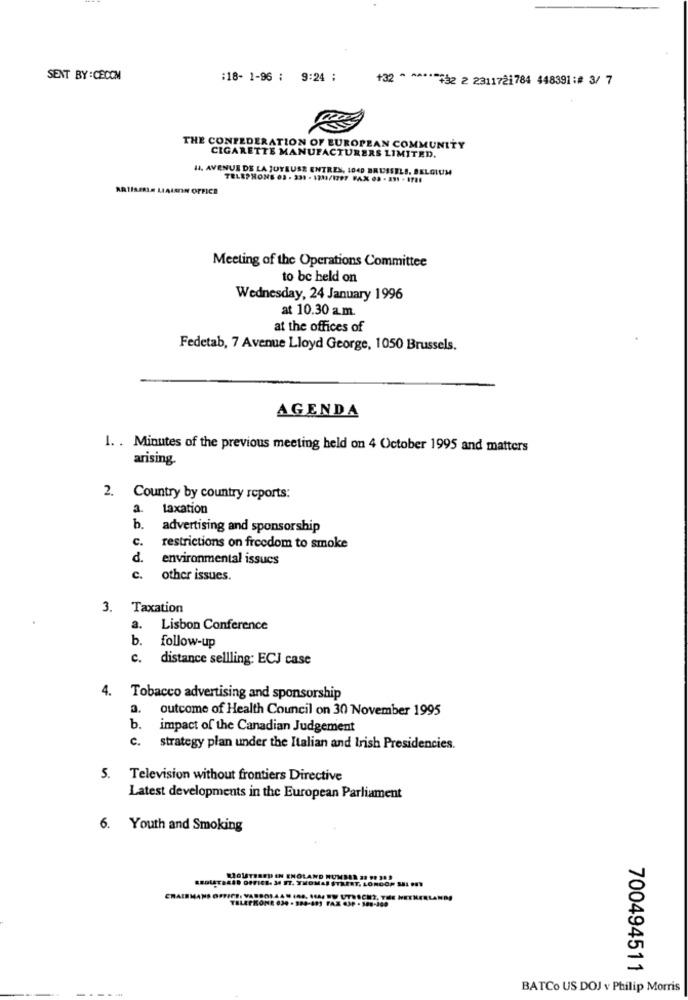
SENT BY :CECON
:18- 1-96 : 9:24 :
+32 * ***** 732 2 2311721784 448391 :# 3/ 7
THE CONFEDERATION OF EUROPEAN COMMUNITY
CIGARETTE MANUFACTURERS LIMITED.
H4, AVENUE DE LA JUTEUSE ENTREX, 1049 BRUSSELS, BELGIUM
TELEPHONE 03 . 331 - 1231/1297 PAX 08 - 291 - 1781
ARTISSIS MIAIMIN OFFICE
Meeting of the Operations Committee
to be held on
Wednesday, 24 January 1996
at 10.30 a.m.
at the offices of
Fedetab, 7 Avenue Lloyd George, 1050 Brussels.
AGENDA
1. . Minutes of the previous meeting held on 4 October 1995 and matters
arising.
2. Country by country reports:
taxation
b.
advertising and sponsorship
c.
restrictions on freedom to smoke
d.
environmental issues
c.
other issues.
3. Taxation
a.
Lisbon Conference
b.
follow-up
c.
distance sellling: ECJ case
4. Tobacco advertising and sponsorship
3.
outcome of Health Council on 30 November 1995
b.
impact of the Canadian Judgement
c.
strategy plan under the Italian and Irish Presidencies.
5. Television without frontiers Directive
Latest developments in the European Parliament
6. Youth and Smoking
CHAIRMAN
700494511
BATCo US DOJ v Philip Morris